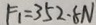
F _ { 1 } = 3 5 2 \cdot 8 N